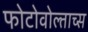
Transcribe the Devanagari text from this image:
फोटोवोल्ताच्स